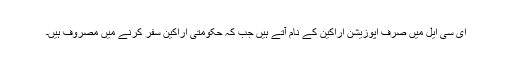
ای سی ایل میں صرف اپوزیشن اراکین کے نام آتے ہیں جب کہ حکومتی اراکین سفر کرنے میں مصروف ہیں۔